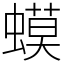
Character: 蟆